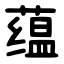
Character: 蕴